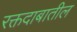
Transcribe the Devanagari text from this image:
रक्तदाबातील